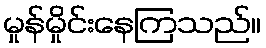
မှုန်မှိုင်းနေကြသည်။